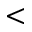
<